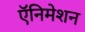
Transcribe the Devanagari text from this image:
ऍनिमेशन